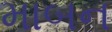
માબન